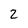
Character: 2